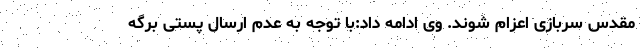
مقدس سربازی اعزام شوند. وی ادامه داد:با توجه به عدم ارسال پستی برگه